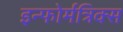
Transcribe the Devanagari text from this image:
इन्फोर्मत्रिक्स